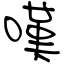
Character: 嘆